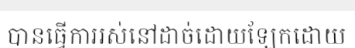
បានធ្វើការរស់នៅដាច់ដោយឡែកដោយ